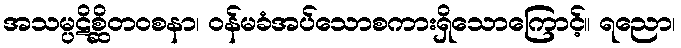
အသမ္ပဋိစ္ဆိတဝစနာ၊ ဝန်မခံအပ်သောစကားရှိသောကြောင့်။ ရညော၊